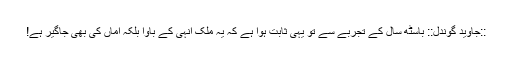
::جاوید گوندل::‌ باسٹھ سال کے تجربے سے تو یہی ثابت ہوا ہے کہ یہ ملک انہی کے باوا بلکہ اماں کی بھی جاگیر ہے!